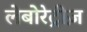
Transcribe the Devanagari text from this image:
लेबोरेट्रीज़